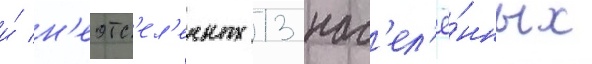
и́ н'еотс'ел'енных 13 нас'ел'ё́нных